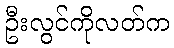
ဦးလွင်ကိုလတ်က